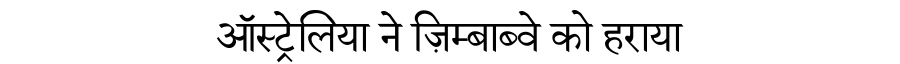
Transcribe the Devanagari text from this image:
ऑस्ट्रेलिया ने ज़िम्बाब्वे को हराया